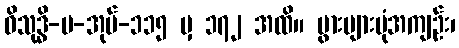
ဝိသုဒ္ဓိ-ပ-အုပ်-၁၁၅ မှ ၁၇၂ အထိ။ ပွားများပုံအကျဉ်း၊